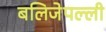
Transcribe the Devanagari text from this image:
बलिजेपल्ली